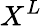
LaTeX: X^{L}